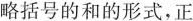
括号的和的形式，正